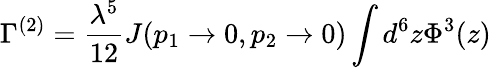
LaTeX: \Gamma^{(2)}=\frac{\lambda^{5}}{12}J(p_{1}\rightarrow 0,p_{2}\rightarrow 0)\int d^{6}z\Phi^{3}(z)